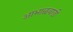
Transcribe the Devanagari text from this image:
आभाळवाडी